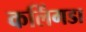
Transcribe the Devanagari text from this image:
कलिंगडा